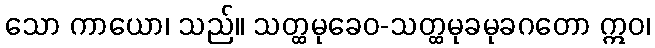
သော ကာယော၊ သည်။ သတ္ထမုခေဝ-သတ္ထမုခမုခဂတော ဣဝ၊